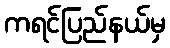
ကရင်ပြည်နယ်မှ